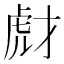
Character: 𧆯